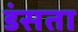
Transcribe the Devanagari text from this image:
डंसता